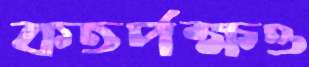
কতর্পক্ষও